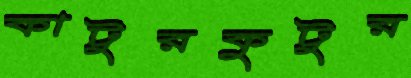
কাটুরকুটুর